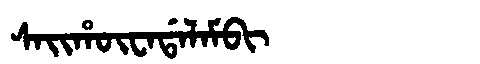
Manchu: ᠰᠠᡳᡥᡡᠸᠠᡩᠠᠯᠠᠮᠪᡳ
Romanization: SAIHŪWADALAMBI